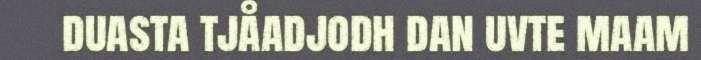
duasta tjåadjodh dan uvte maam